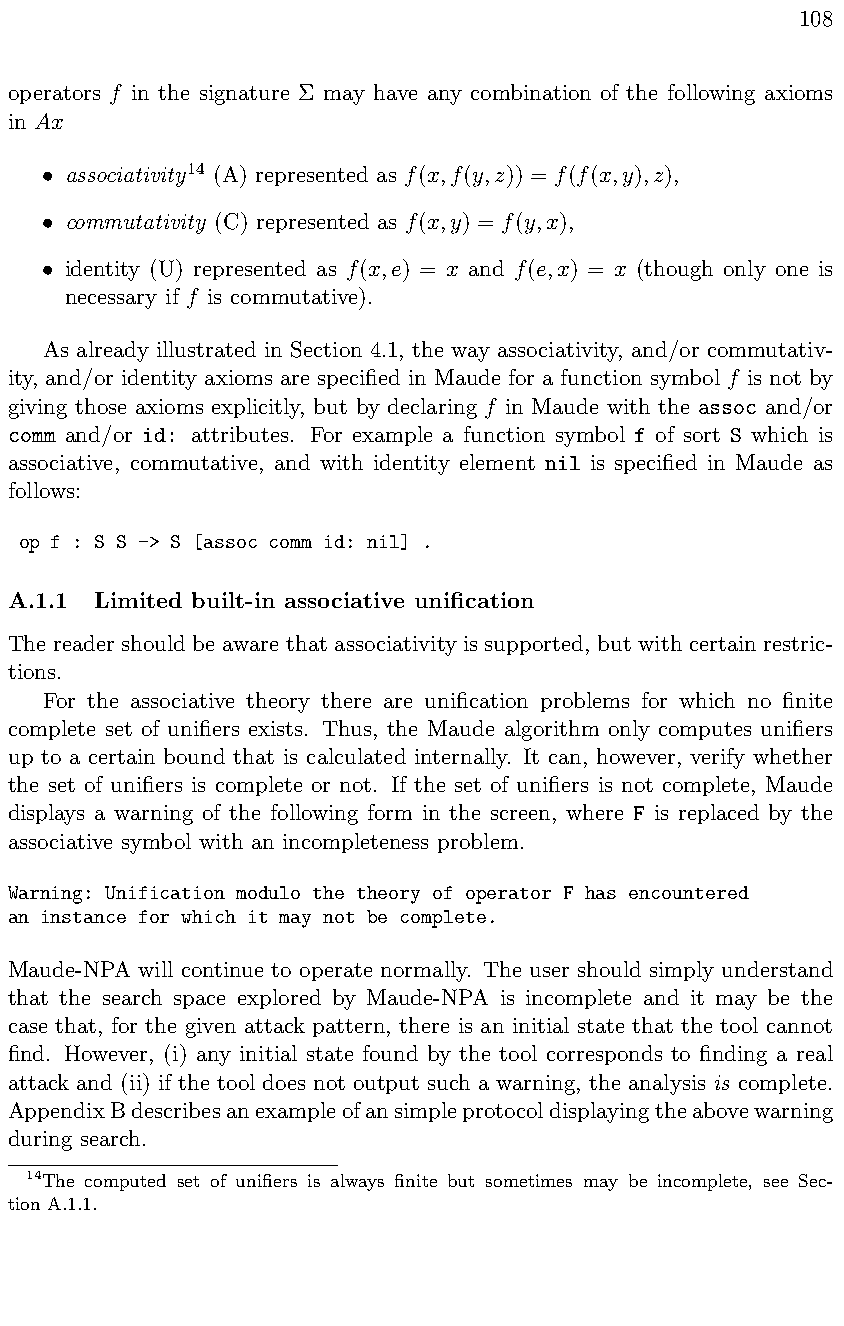
108
 operators f in the signature ⌃ may have any combination of the following axioms
 in Ax
 associativity14 (A) represented as f(x,f(y,z)) = f(f(x,y),z),
 •
 commutativity (C) represented as f(x,y) = f(y,x),
 •
 identity (U) represented as f(x,e) = x and f(e,x) = x (though only one is
 •
 necessary if f is commutative).
 As already illustrated in Section 4.1, the way associativity, and/or commutativ-
 ity, and/or identity axioms are specified in Maude for a function symbol f is not by
 giving those axioms explicitly, but by declaring f in Maude with the assoc and/or
 comm and/or id: attributes. For example a function symbol f of sort S which is
 associative, commutative, and with identity element nil is specified in Maude as
 follows:
 op f : S S -> S [assoc comm id: nil] .
 A.1.1 Limited built-in associative unification
 The reader should be aware that associativity is supported, but with certain restric-
 tions.
 For the associative theory there are unification problems for which no finite
 complete set of unifiers exists. Thus, the Maude algorithm only computes unifiers
 up to a certain bound that is calculated internally. It can, however, verify whether
 the set of unifiers is complete or not. If the set of unifiers is not complete, Maude
 displays a warning of the following form in the screen, where F is replaced by the
 associative symbol with an incompleteness problem.
 Warning: Unification modulo the theory of operator F has encountered
 an instance for which it may not be complete.
 Maude-NPA will continue to operate normally. The user should simply understand
 that the search space explored by Maude-NPA is incomplete and it may be the
 case that, for the given attack pattern, there is an initial state that the tool cannot
 find. However, (i) any initial state found by the tool corresponds to finding a real
 attack and (ii) if the tool does not output such a warning, the analysis is complete.
 AppendixBdescribesanexampleofansimpleprotocoldisplayingtheabovewarning
 during search.
 14The computed set of unifiers is always finite but sometimes may be incomplete, see Sec-
 tion A.1.1.